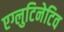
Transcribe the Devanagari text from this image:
एग्लुटिनेटिव